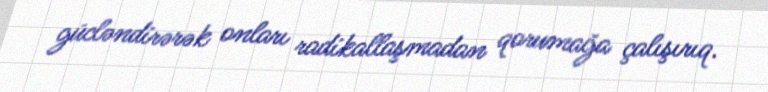
gücləndirərək onları radikallaşmadan qorumağa çalışırıq.